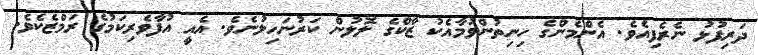
ދަރިފުޅު ނެރެފިއެވެ. އެންމެންގެ ހިނިތުންވުމާއެކު ޒާކްގެ ލޮލުން ކަރުނަހިލުނެވެ. އެއީ އުފާވެރިކަމުގެ ރަމްޒެކެވެ.